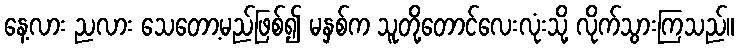
နေ့လား ညလား သေတော့မည်ဖြစ်၍ မနှစ်က သူတို့တောင်လေးလုံးသို့ လိုက်သွားကြသည်။